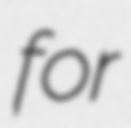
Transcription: for